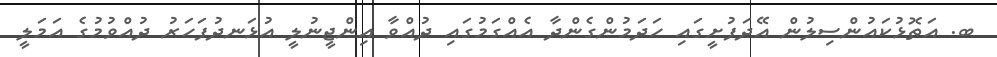
ބ. އަތޮޅުކައުންސިލުން އޭދަފުށީގައި ހަދަމުންގެންދާ އެއްގަމުގައި ދުއްވާ އިންޖީނުލީ އުޅަނދުފަހަރު ދުއްވުމުގެ އަމަލީ